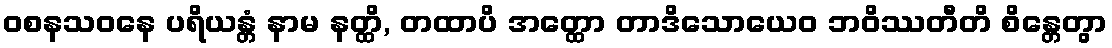
ဝစနသဝနေ ပရိယန္တံ နာမ နတ္ထိ, တထာပိ အတ္ထော တာဒိသောယေဝ ဘဝိဿတီတိ စိန္တေတွာ